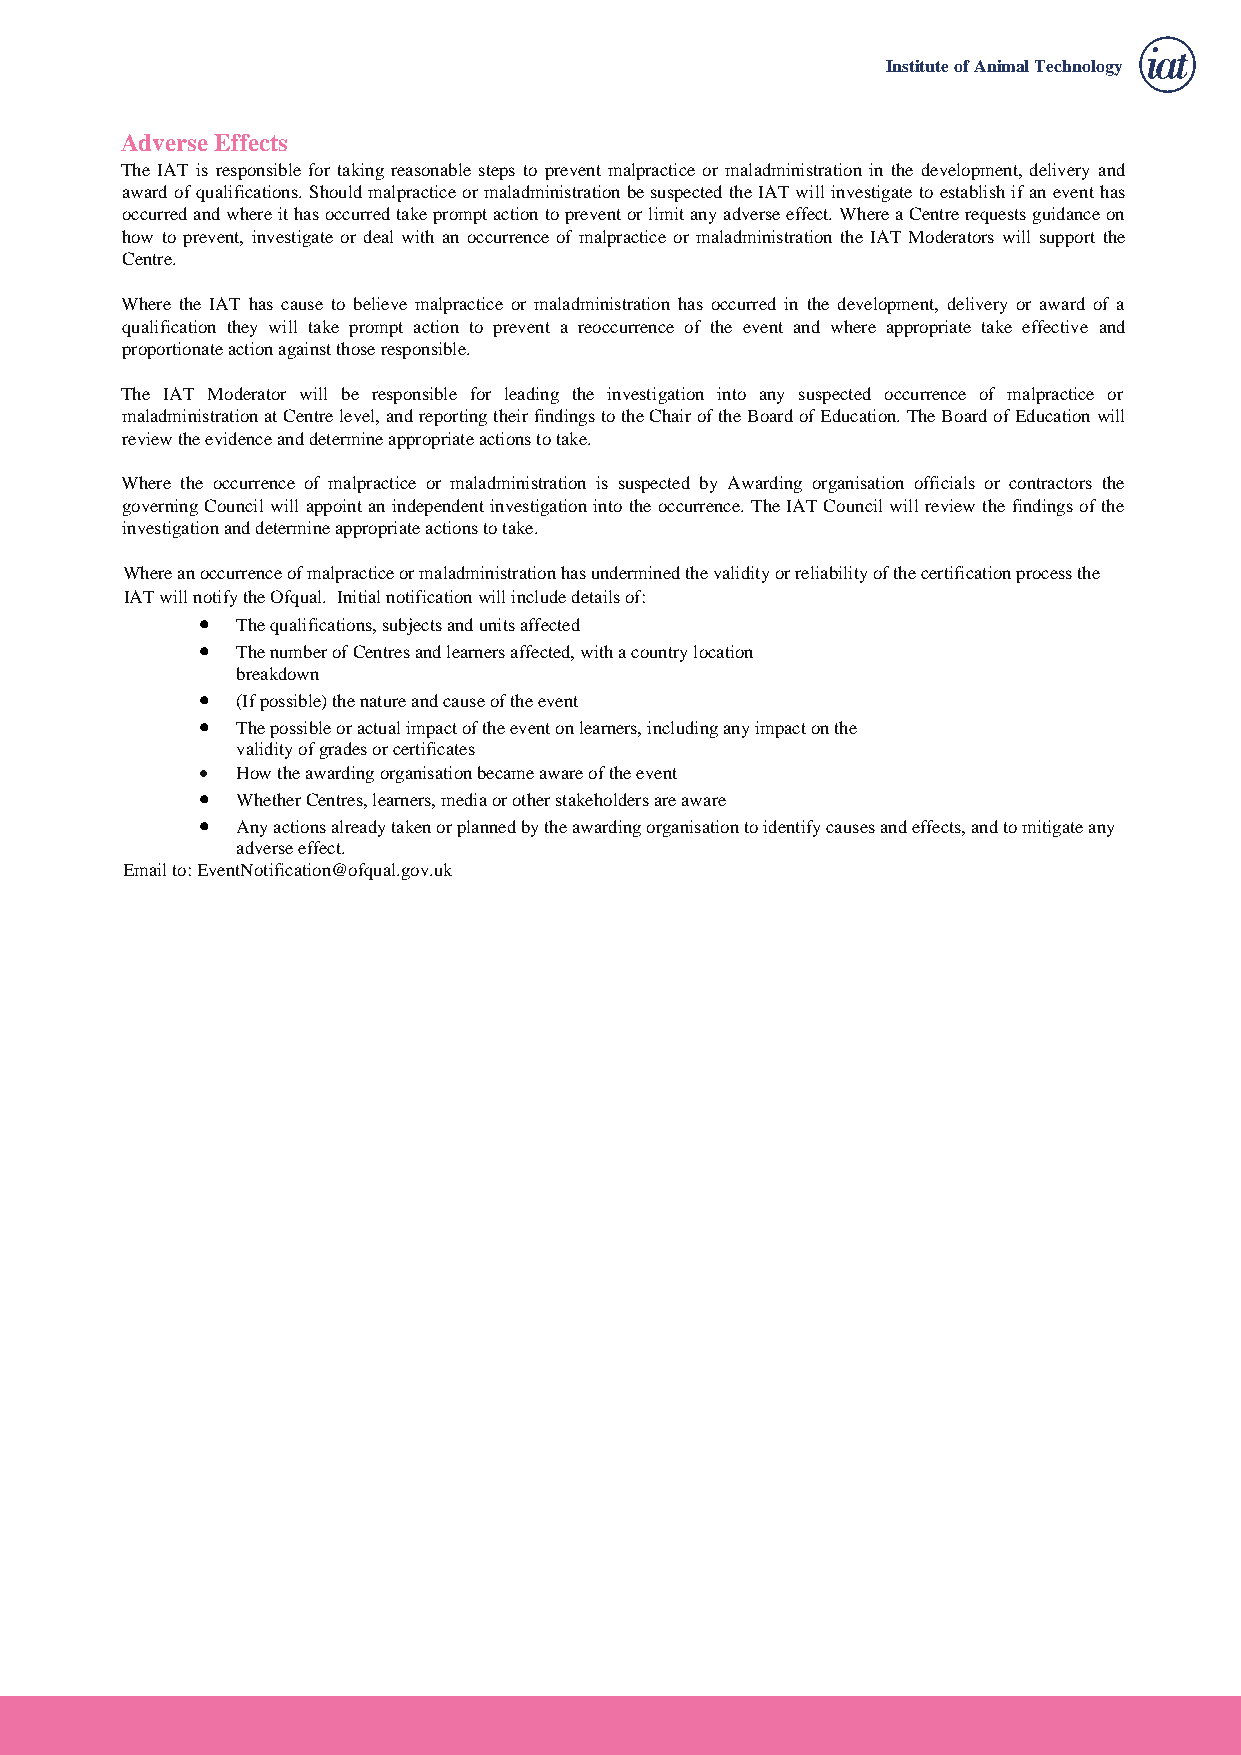
Institute of Animal Technology
 Adverse Effects
 The IAT is responsible for taking reasonable steps to prevent malpractice or maladministration in the development, delivery and
 award of qualifications. Should malpractice or maladministration be suspected the IAT will investigate to establish if an event has
 occurred and where it has occurred take prompt action to prevent or limit any adverse effect. Where a Centre requests guidance on
 how to prevent, investigate or deal with an occurrence of malpractice or maladministration the IAT Moderators will support the
 Centre.
 Where the IAT has cause to believe malpractice or maladministration has occurred in the development, delivery or award of a
 qualification they will take prompt action to prevent a reoccurrence of the event and where appropriate take effective and
 proportionate action against those responsible.
 The IAT Moderator will be responsible for leading the investigation into any suspected occurrence of malpractice or
 maladministration at Centre level, and reporting their findings to the Chair of the Board of Education. The Board of Education will
 review the evidence and determine appropriate actions to take.
 Where the occurrence of malpractice or maladministration is suspected by Awarding organisation officials or contractors the
 governing Council will appoint an independent investigation into the occurrence. The IAT Council will review the findings of the
 investigation and determine appropriate actions to take.
 Where an occurrence of malpractice or maladministration has undermined the validity or reliability of the certification process the
 IAT will notify the Ofqual. Initial notification will include details of:
 •  The qualifications, subjects and units affected
 •  The number of Centres and learners affected, with a country location
 breakdown
 •  (If possible) the nature and cause of the event
 •  The possible or actual impact of the event on learners, including any impact on the
 validity of grades or certificates
 •  How the awarding organisation became aware of the event
 •  Whether Centres, learners, media or other stakeholders are aware
 •  Any actions already taken or planned by the awarding organisation to identify causes and effects, and to mitigate any
 adverse effect.
 Email to: EventNotification@ofqual.gov.uk